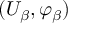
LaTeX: ( U _ { \beta } , \varphi _ { \beta } )